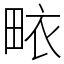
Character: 畩